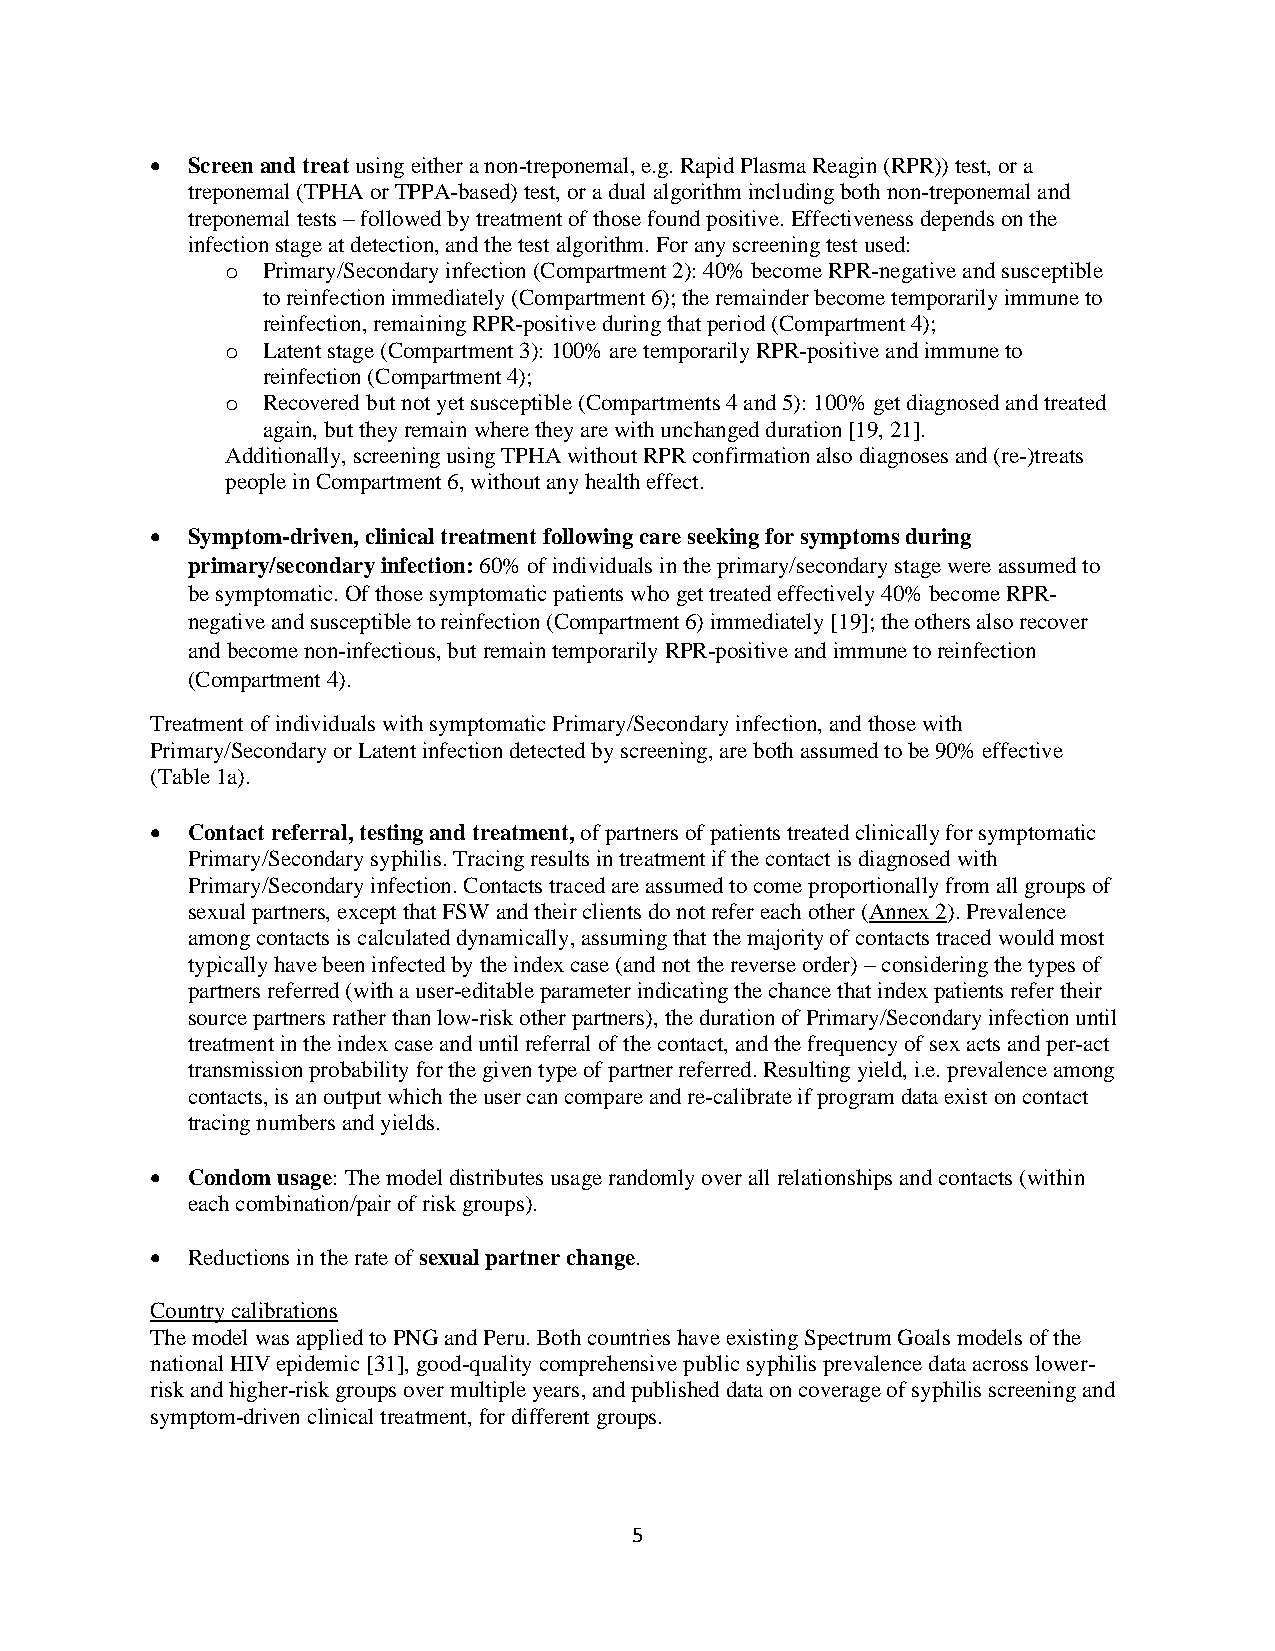
• Screen and treat using either a non-treponemal, e.g. Rapid Plasma Reagin (RPR)) test, or a
 treponemal (TPHA or TPPA-based) test, or a dual algorithm including both non-treponemal and
 treponemal tests – followed by treatment of those found positive. Effectiveness depends on the
 infection stage at detection, and the test algorithm. For any screening test used:
 o Primary/Secondary infection (Compartment 2): 40% become RPR-negative and susceptible
 to reinfection immediately (Compartment 6); the remainder become temporarily immune to
 reinfection, remaining RPR-positive during that period (Compartment 4);
 o Latent stage (Compartment 3): 100% are temporarily RPR-positive and immune to
 reinfection (Compartment 4);
 o Recovered but not yet susceptible (Compartments 4 and 5): 100% get diagnosed and treated
 again, but they remain where they are with unchanged duration [19, 21].
 Additionally, screening using TPHA without RPR confirmation also diagnoses and (re-)treats
 people in Compartment 6, without any health effect.
 • Symptom-driven, clinical treatment following care seeking for symptoms during
 primary/secondary infection: 60% of individuals in the primary/secondary stage were assumed to
 be symptomatic. Of those symptomatic patients who get treated effectively 40% become RPR-
 negative and susceptible to reinfection (Compartment 6) immediately [19]; the others also recover
 and become non-infectious, but remain temporarily RPR-positive and immune to reinfection
 (Compartment 4).
 Treatment of individuals with symptomatic Primary/Secondary infection, and those with
 Primary/Secondary or Latent infection detected by screening, are both assumed to be 90% effective
 (Table 1a).
 • Contact referral, testing and treatment, of partners of patients treated clinically for symptomatic
 Primary/Secondary syphilis. Tracing results in treatment if the contact is diagnosed with
 Primary/Secondary infection. Contacts traced are assumed to come proportionally from all groups of
 sexual partners, except that FSW and their clients do not refer each other (Annex 2). Prevalence
 among contacts is calculated dynamically, assuming that the majority of contacts traced would most
 typically have been infected by the index case (and not the reverse order) – considering the types of
 partners referred (with a user-editable parameter indicating the chance that index patients refer their
 source partners rather than low-risk other partners), the duration of Primary/Secondary infection until
 treatment in the index case and until referral of the contact, and the frequency of sex acts and per-act
 transmission probability for the given type of partner referred. Resulting yield, i.e. prevalence among
 contacts, is an output which the user can compare and re-calibrate if program data exist on contact
 tracing numbers and yields.
 • Condom usage: The model distributes usage randomly over all relationships and contacts (within
 each combination/pair of risk groups).
 • Reductions in the rate of sexual partner change.
 Country calibrations
 The model was applied to PNG and Peru. Both countries have existing Spectrum Goals models of the
 national HIV epidemic [31], good-quality comprehensive public syphilis prevalence data across lower-
 risk and higher-risk groups over multiple years, and published data on coverage of syphilis screening and
 symptom-driven clinical treatment, for different groups.
 5